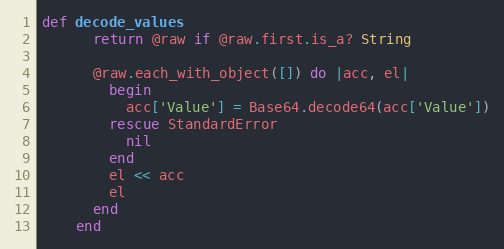
Language: Ruby
def decode_values
      return @raw if @raw.first.is_a? String

      @raw.each_with_object([]) do |acc, el|
        begin
          acc['Value'] = Base64.decode64(acc['Value'])
        rescue StandardError
          nil
        end
        el << acc
        el
      end
    end